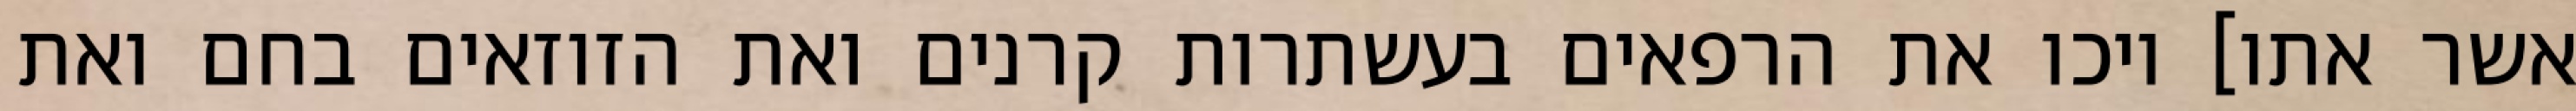
אשר אתו] ויכו את הרפאים בעשתרות קרנים ואת הזוזאים בחם ואת